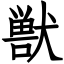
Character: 獣